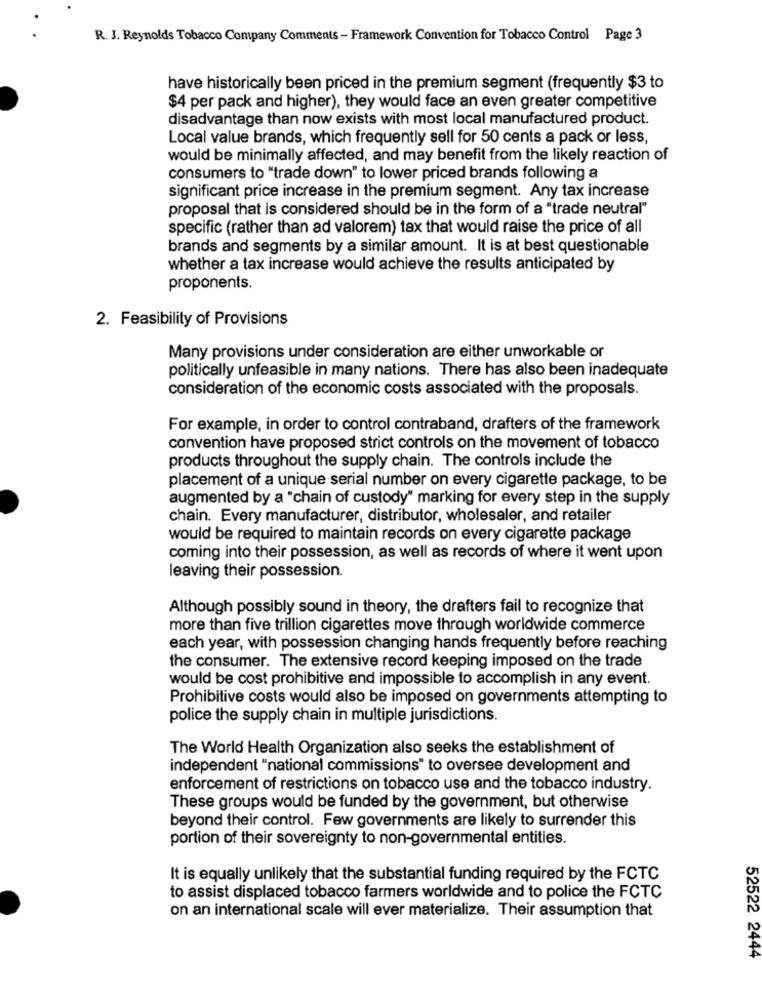
R. J. Reynolds Tobacco Company Comments - Framework Convention for Tobacco Control Page 3
have historically been priced in the premium segment (frequently $3 to
$4 per pack and higher), they would face an even greater competitive
disadvantage than now exists with most local manufactured product.
Local value brands, which frequently sell for 50 cents a pack or less,
would be minimally affected, and may benefit from the likely reaction of
consumers to "trade down" to lower priced brands following a
significant price increase in the premium segment. Any tax increase
proposal that is considered should be in the form of a "trade neutral"
specific (rather than ad valorem) tax that would raise the price of all
brands and segments by a similar amount. It is at best questionable
whether a tax increase would achieve the results anticipated by
proponents.
2. Feasibility of Provisions
Many provisions under consideration are either unworkable or
politically unfeasible in many nations. There has also been inadequate
consideration of the economic costs associated with the proposals.
For example, in order to control contraband, drafters of the framework
convention have proposed strict controls on the movement of tobacco
products throughout the supply chain. The controls include the
placement of a unique serial number on every cigarette package, to be
augmented by a "chain of custody" marking for every step in the supply
chain. Every manufacturer, distributor, wholesaler, and retailer
would be required to maintain records on every cigarette package
coming into their possession, as well as records of where it went upon
leaving their possession.
Although possibly sound in theory, the drafters fail to recognize that
more than five trillion cigarettes move through worldwide commerce
each year, with possession changing hands frequently before reaching
the consumer. The extensive record keeping imposed on the trade
would be cost prohibitive and impossible to accomplish in any event.
Prohibitive costs would also be imposed on governments attempting to
police the supply chain in multiple jurisdictions.
The World Health Organization also seeks the establishment of
independent "national commissions" to oversee development and
enforcement of restrictions on tobacco use and the tobacco industry.
These groups would be funded by the government, but otherwise
beyond their control. Few governments are likely to surrender this
portion of their sovereignty to non-governmental entities.
It is equally unlikely that the substantial funding required by the FCTC
to assist displaced tobacco farmers worldwide and to police the FCTC
on an international scale will ever materialize. Their assumption that
52522 2444